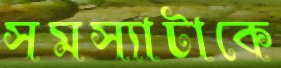
সমস্যাটাকে